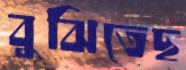
বুঝিতেছ